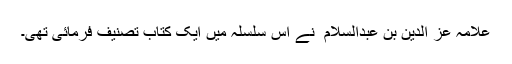
علامہ عز الدین بن عبدالسلام ؒ نے اس سلسلہ میں ایک کتاب تصنیف فرمائی تھی۔